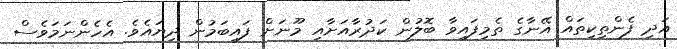
އަދި ފެންތިކިތައް އޭނާގެ ތެމިފައިވާ ބޮލުން ކަދުރާއަށާއި މޫނަށް ފައިބަމުން ދިޔައެވެ. އެހެންނަމަވެސް